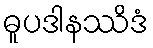
ဓူပဒါနဿိဒံ